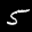
Label: 5